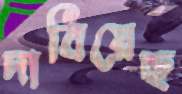
দাবিয়েছ